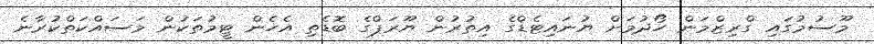
މޫސުމުގައި ގްރިޒްމަން ހޯދުމަށް ޔުނައިޓެޑްގެ އިތުރުން ޔޫރަޕްގެ ބޮޑެތި އެހެން ޓީމުތަކުން މަސައްކަތްކުރާނެ